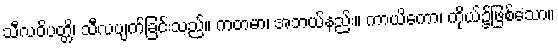
သီလဝိပတ္တိ၊ သီလပျက်ခြင်းသည်။ ကတမာ၊ အဘယ်နည်း။ ကာယိကော၊ ကိုယ်၌ဖြစ်သော။